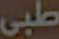
طبي